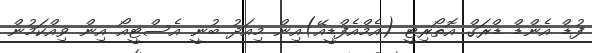
ފުޑް އެންޑް ޑްރަގް އޮތޯރިޓީ (އެމްއެފްޑީއޭ)އިން މިއަދު ބުނީ އެސްޓީއޯ އިން ވިއްކަމުން